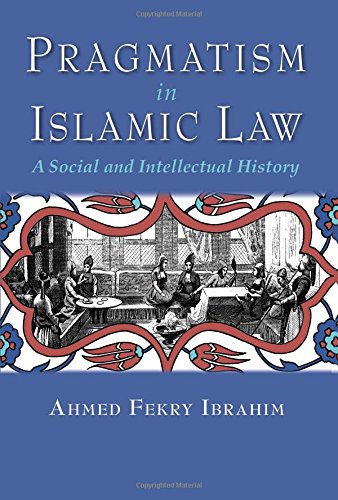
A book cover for Pragmatism in Islamic Law: A Social and Intellectual History (Middle East Studies Beyond Dominant Paradigms); Ahmed Fekry Ibrahim; Religion & Spirituality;